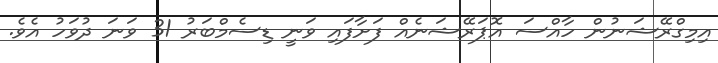
އިމިގްރޭޝަނުން ހާއްސަ އޮޕަރޭޝަނެއް ފަށާފައި ވަނީ ޑިސެމްބަރު 31 ވަނަ ދުވަހު އެވެ.